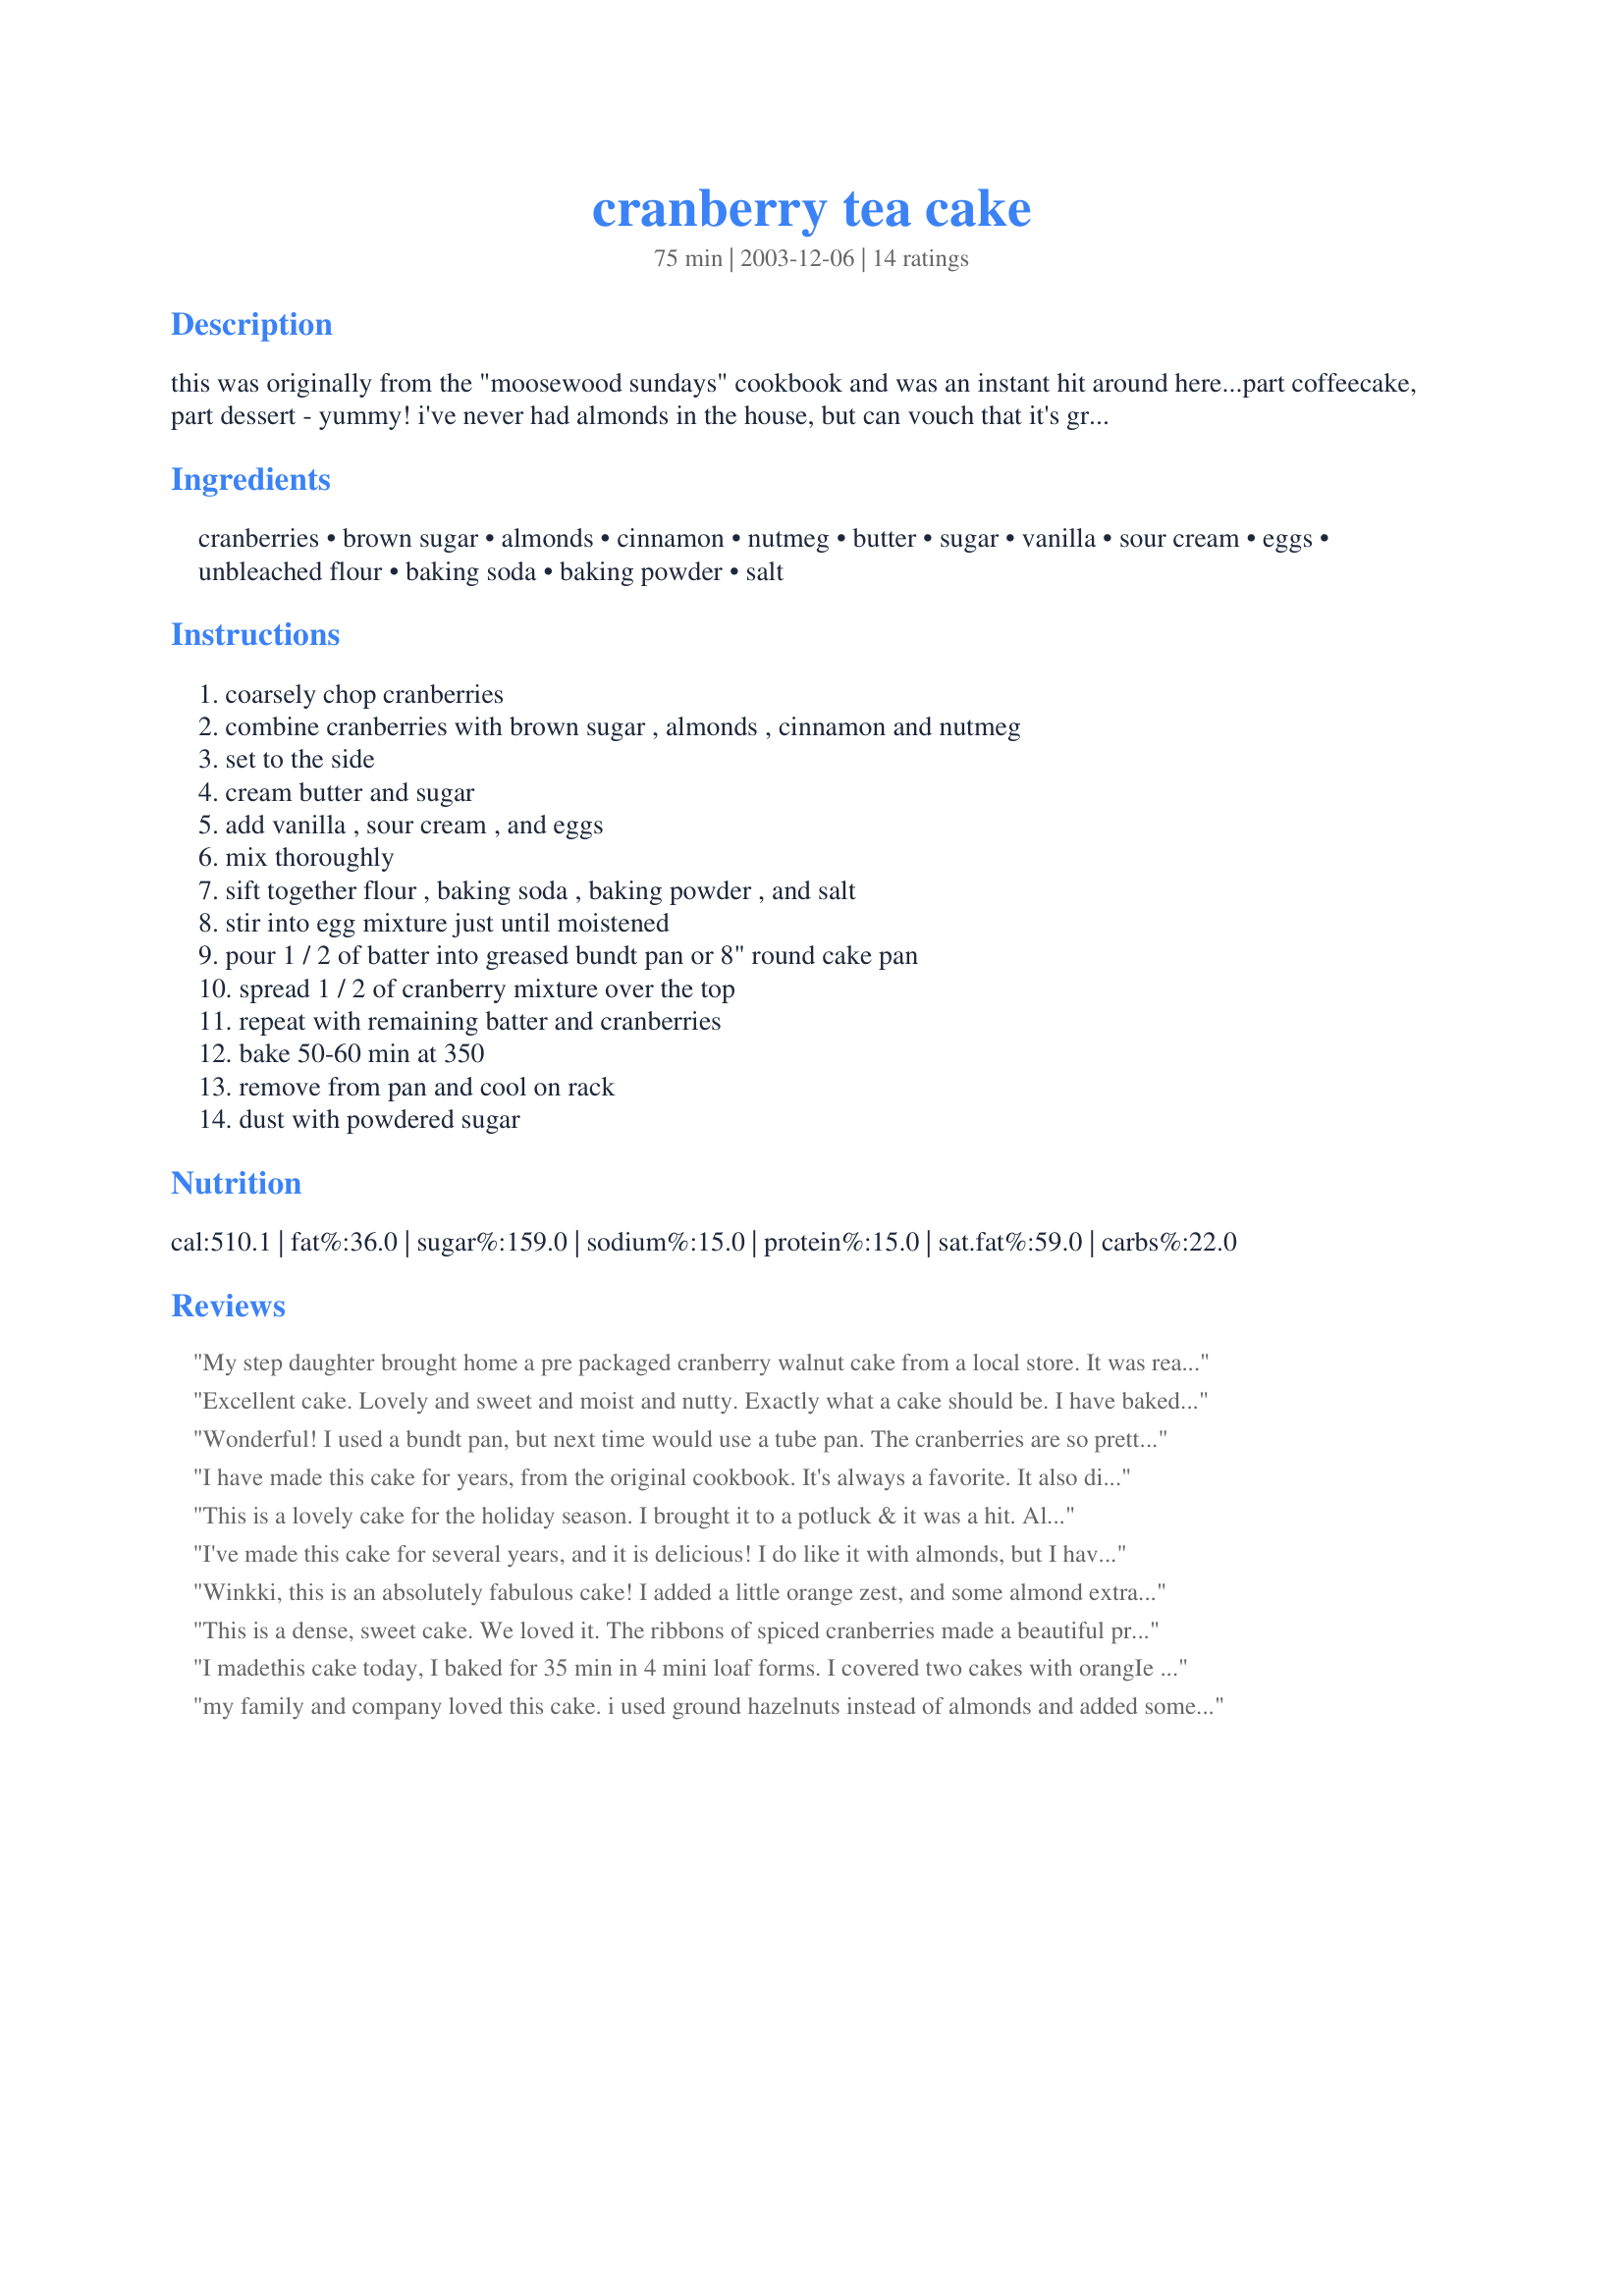
cranberry tea cake
Preparation time: 75 minutes

this was originally from the "moosewood sundays" cookbook and was an instant hit around here...part coffeecake, part dessert - yummy! i've never had almonds in the house, but can vouch that it's great even without them. i've added in a bit of orange rind to the cranberry mix before too, to give it a nice zing. i have always used a bundt pan...makes for a very pretty presentation for breakfast, brunch, tea, dessert, or gifts, especially around the winter holidays.

Ingredients:
cranberries, brown sugar, almonds, cinnamon, nutmeg, butter, sugar, vanilla, sour cream, eggs, unbleached flour, baking soda, baking powder, salt

Steps:
coarsely chop cranberries, combine cranberries with brown sugar , almonds , cinnamon and nutmeg, set to the side, cream butter and sugar, add vanilla , sour cream , and eggs, mix thoroughly, sift together flour , baking soda , baking powder , and salt, stir into egg mixture just until moistened, pour 1 / 2 of batter into greased bundt pan or 8" round cake pan, spread 1 / 2 of cranberry mixture over the top, repeat with remaining batter and cranberries, bake 50-60 min at 350, remove from pan and cool on rack, dust with powdered sugar

Reviews:
My step daughter brought home a pre packaged cranberry walnut cake from a local store. It was really good, but I am sure homemade would be better. I am going to try this recipe this week with walnuts instead of almonds. I will also make a powdered sugar/milk glaze to drizzle on top. Thank you so much for such a great recipe from all the previous reviews it must be a winner. I will rate it after I make it.
Excellent cake. Lovely and sweet and moist and nutty. Exactly what a cake should be.
I have baked it twice now as the first time I didn't get a chance to get a slice before it was devoured!
I used a regular cake tin and had to cook it for just over an hour. Thanks.
Wonderful! I used a bundt pan, but next time would use a tube pan. The cranberries are so pretty on the "bottom" and it would be nicer to serve the cake with that side showing. I also included 1 tsp. fresh orange zest per your suggestion.
I have made this cake for years, from the original cookbook. It's always a favorite. It also divides very well into several mini-loaves, perfect for gift-giving.
This is a lovely cake for the holiday season. I brought it to a potluck & it was a hit. Although I liked it with the almonds, I think dd probably won't & so next time, I will use orange rind & more cranberries instead of the nuts. Thnks, winkki
I've made this cake for several years, and it is delicious! I do like it with almonds, but I have tried other nuts mixed with the cranberries as well, depending on what ingredients I have on hand. I also found myself wanting it once when I had no cranberries in the house and I used some escallopped apples and nuts and the cake came out good that way too! It's a beautiful, versatile recipe.
Winkki, this is an absolutely fabulous cake! I added a little orange zest, and some almond extract...did not use the almonds. It's still on the rack cooling and it has two pieces missing!!! Thank you for sharing, I'll make this often.
This is a dense, sweet cake. We loved it. The ribbons of spiced cranberries made a beautiful presentation in the sliced cake. The flavors were wonderful. I baked my cake for 50 minutes and it tested done with a cake tester. However, it could have baked just a bit longer for the portion of cake in the bottom of the pan. My oven needed a little closer to the 60 minutes recommended in the recipe. Hubby ate 2 pieces tonight and has claimed the rest for the morning. LOL It is a winner.
I madethis cake today, I baked for 35 min in 4 mini loaf forms. I covered two cakes with orangIe glaze and two I dusted with powdered sugar. I love the cake, but for my husband it was way too much cranberries but he said it was good.. The cake was very easy to make, I will make it again.
my family and company loved this cake. i used ground hazelnuts instead of almonds and added some wild blueberries to the cranberry filling-yum!! i also added about 2-3 tablespoons of almond paste to the butter when i creamed it with the sugar-yum, yum!!! i think next time i will try it without the cinnamon, or maybe less cinnamon. this is definately a new family favourite. love it!!!
This cake was delicious! It did not come out as beautiful as in the picture, but I blame that on my oven... But it did taste great!
My mother gave me a recipe for a sourcream coffee cake from the "cake bible" which is similar, but a lot more time and bowl consuming and the results are just as good! So I will use this simpler recipe from now on!
The cranberries went really well in this sweet cake. I am very impressed and I think I will make this cake many times again.
Thank you for posting!
Excellent cake, very easy to follow recipe directions! I made it in several loaf pans; plus I added about 2 Tablespoons of orange zest, as this actually does enhance the cranberry filling. Also had to adjust it for High Altitude and it still came out just fine. Will make this again for sure! Thank you, for posting this recipe!
Every fall I stock up on cranberries, freeze them, and use them throughout the year. I was looking for new recipes and came across this one. It was so delicious, and since there's fruit in it, we ate it for breakfast. In order to bring out the flavor of the cranberries, I used a teaspoon of orange extract and a tablespoon of orange zest. I also lightened the cake up by replacing the butter with half a cup of oil. Will definitely make again!!
Delicious cake with a great combination of flavours! Quick to make too - always a bonus! I baked in a 25 cm (9") round cake pan for just over an hour. However, the cranberry filling was really tart - a function of the cranberries I used, no doubt (maybe the Scandinavian variety are tarter?), but next time I'd definitely decrease the amount of berries. I think this recipe would work really well with lingonberries and red currants too - will definitely experiment this autumn! Thanks so much for sharing!
